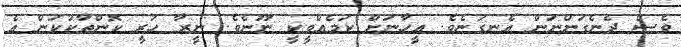
ވެސް ދެނެގަންނަން އެނގުނެވެ. އީހާނަށް ކަމެއްވީކީ ނޫނެވެ. ނީރާ ހުރީ ކޮންތާކުކަން އެ